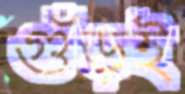
গুঁড়ই